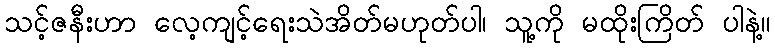
သင့်ဇနီးဟာ လေ့ကျင့်ရေးသဲအိတ်မဟုတ်ပါ၊ သူ့ကို မထိုးကြိတ် ပါနဲ့။